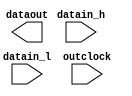
// megafunction wizard: %ALTDDIO_OUT%VBB%
// GENERATION: STANDARD
// VERSION: WM1.0
// MODULE: ALTDDIO_OUT 

// ============================================================
// Megafunction Name(s):
// 			ALTDDIO_OUT
//
// Simulation Library Files(s):
// 			altera_mf
// ============================================================
// ************************************************************
// THIS IS A WIZARD-GENERATED FILE. DO NOT EDIT THIS FILE!
//
// 12.1 Build 177 11/07/2012 SJ Web Edition
// ************************************************************

//Copyright (C) 1991-2012 Altera Corporation
//Your use of Altera Corporation's design tools, logic functions 
//and other software and tools, and its AMPP partner logic 
//functions, and any output files from any of the foregoing 
//(including device programming or simulation files), and any 
//associated documentation or information are expressly subject 
//to the terms and conditions of the Altera Program License 
//Subscription Agreement, Altera MegaCore Function License 
//Agreement, or other applicable license agreement, including, 
//without limitation, that your use is for the sole purpose of 
//programming logic devices manufactured by Altera and sold by 
//Altera or its authorized distributors.  Please refer to the 
//applicable agreement for further details.

module altddio_out1 (
	datain_h,
	datain_l,
	outclock,
	dataout);

	input	[0:0]  datain_h;
	input	[0:0]  datain_l;
	input	  outclock;
	output	[0:0]  dataout;

endmodule

// ============================================================
// CNX file retrieval info
// ============================================================
// Retrieval info: LIBRARY: altera_mf altera_mf.altera_mf_components.all
// Retrieval info: PRIVATE: INTENDED_DEVICE_FAMILY STRING "Cyclone III"
// Retrieval info: CONSTANT: EXTEND_OE_DISABLE STRING "OFF"
// Retrieval info: CONSTANT: INTENDED_DEVICE_FAMILY STRING "Cyclone III"
// Retrieval info: CONSTANT: INVERT_OUTPUT STRING "OFF"
// Retrieval info: CONSTANT: LPM_HINT STRING "UNUSED"
// Retrieval info: CONSTANT: LPM_TYPE STRING "altddio_out"
// Retrieval info: CONSTANT: OE_REG STRING "UNREGISTERED"
// Retrieval info: CONSTANT: POWER_UP_HIGH STRING "OFF"
// Retrieval info: CONSTANT: WIDTH NUMERIC "1"
// Retrieval info: USED_PORT: datain_h 0 0 1 0 INPUT NODEFVAL "datain_h[0..0]"
// Retrieval info: CONNECT: @datain_h 0 0 1 0 datain_h 0 0 1 0
// Retrieval info: USED_PORT: datain_l 0 0 1 0 INPUT NODEFVAL "datain_l[0..0]"
// Retrieval info: CONNECT: @datain_l 0 0 1 0 datain_l 0 0 1 0
// Retrieval info: USED_PORT: dataout 0 0 1 0 OUTPUT NODEFVAL "dataout[0..0]"
// Retrieval info: CONNECT: dataout 0 0 1 0 @dataout 0 0 1 0
// Retrieval info: USED_PORT: outclock 0 0 0 0 INPUT_CLK_EXT NODEFVAL "outclock"
// Retrieval info: CONNECT: @outclock 0 0 0 0 outclock 0 0 0 0
// Retrieval info: GEN_FILE: TYPE_NORMAL altddio_out1.v TRUE FALSE
// Retrieval info: GEN_FILE: TYPE_NORMAL altddio_out1.qip TRUE FALSE
// Retrieval info: GEN_FILE: TYPE_NORMAL altddio_out1.bsf TRUE FALSE
// Retrieval info: GEN_FILE: TYPE_NORMAL altddio_out1_inst.v TRUE TRUE
// Retrieval info: GEN_FILE: TYPE_NORMAL altddio_out1_bb.v TRUE TRUE
// Retrieval info: GEN_FILE: TYPE_NORMAL altddio_out1.inc TRUE TRUE
// Retrieval info: GEN_FILE: TYPE_NORMAL altddio_out1.cmp TRUE TRUE
// Retrieval info: GEN_FILE: TYPE_NORMAL altddio_out1.ppf TRUE FALSE
// Retrieval info: LIB_FILE: altera_mf